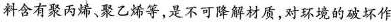
料含有聚丙烯、聚乙烯等，是不可降解材质，对环境的破坏作